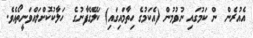
އެއުރެން  ން ކަމުގައި ނުވުމުން (އެކަމުގެ ހިތާމައިގައި) ކަލޭގެފާނުގެ  ހަލާކުކޮށްލައްވަނީތޯއެވެ.